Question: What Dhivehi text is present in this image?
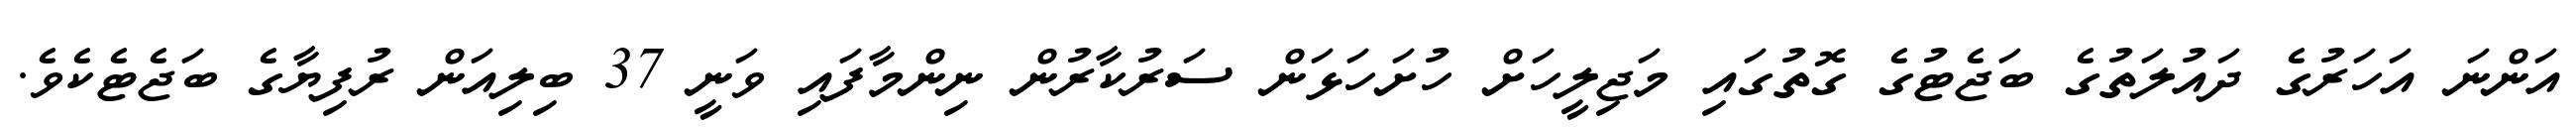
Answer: އަންނަ އަހަރުގެ ދައުލަތުގެ ބަޖެޓުގެ ގޮތުގައި މަޖިލީހަށް ހުށަހަޅަން ސަރުކާރުން ނިންމާފައި ވަނީ 37 ބިލިއަން ރުފިޔާގެ ބަޖެޓެކެވެ.